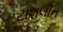
ટાશલીન